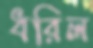
ধরিল